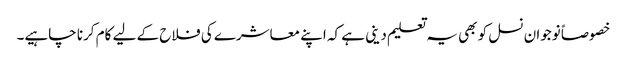
خصوصاً نوجوان نسل کو بھی یہ تعلیم دینی ہے کہ اپنے معاشرے کی فلاح کے لیے کام کرنا چاہیے۔